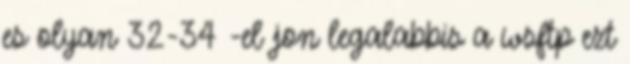
es olyan 32-34 -el jon legalabbis a wsftp ezt